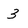
Character: 3